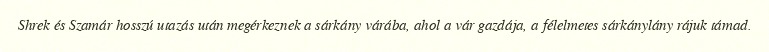
Shrek és Szamár hosszú utazás után megérkeznek a sárkány várába, ahol a vár gazdája, a félelmetes sárkánylány rájuk támad.